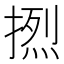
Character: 𰔔